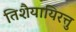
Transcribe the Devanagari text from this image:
तिशैयायिरत्तु